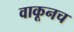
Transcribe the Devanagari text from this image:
वाकूनच